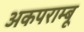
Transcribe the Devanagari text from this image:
अकपराम्बू